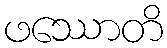
ဖဿောတိ